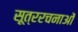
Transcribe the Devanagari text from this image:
सूत्ररचनाओं